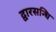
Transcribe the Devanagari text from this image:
द्वारसन्धि